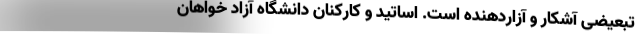
تبعیضی آشکار و آزاردهنده است. اساتید و کارکنان دانشگاه آزاد خواهان